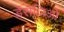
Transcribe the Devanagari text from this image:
डेरोज़िओ